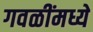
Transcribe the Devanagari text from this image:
गवळींमध्ये